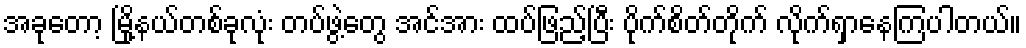
အခုတော့ မြို့နယ်တစ်ခုလုံး တပ်ဖွဲ့တွေ အင်အား ထပ်ဖြည့်ပြီး ပိုက်စိတ်တိုက် လိုက်ရှာနေကြပါတယ်။